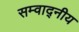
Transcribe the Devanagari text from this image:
सम्वाद्नीय